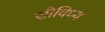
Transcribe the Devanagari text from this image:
सौविध्य